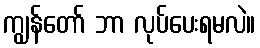
ကျွန်တော် ဘာ လုပ်ပေးရမလဲ။